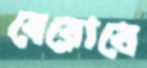
বেরোবে